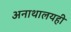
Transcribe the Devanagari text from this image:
अनाथालयही